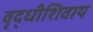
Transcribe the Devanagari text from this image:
वृद्धीशिवाय